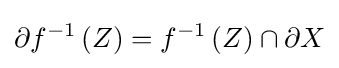
\partial f^{-1}\left(Z\right)=f^{-1}\left(Z\right)\cap \partial X